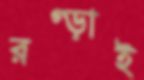
রগ্‌ড়াই